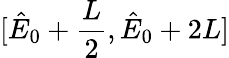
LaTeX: [\hat{E}_{0}+\frac{L}{2},\hat{E}_{0}+2L]